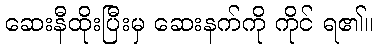
ဆေးနီထိုးပြီးမှ ဆေးနက်ကို ကိုင် ရ၏။